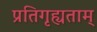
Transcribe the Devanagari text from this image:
प्रतिगृह्यताम्